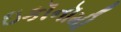
ઇકૉનૉમી